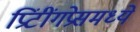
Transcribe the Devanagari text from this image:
प्रिंटींगप्रेसमध्ये